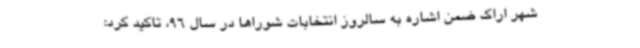
شهر اراک ضمن اشاره به سالروز انتخابات شوراها در سال 96، تاکید کرد: